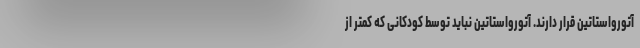
آتورواستاتین قرار دارند. آتورواستاتین نباید توسط کودکانی که کمتر از